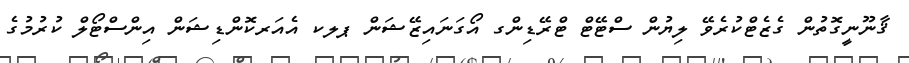
ޤާނޫނީގޮތުން ގެޒެޓްކުރެވޭ ލިޔުން ސްޓޭޓް ޓްރޭޑިންގ އޯގަނައިޒޭޝަން ޕލކ އެއަރކޮންޑިޝަން އިންސްޓޯލް ކުރުމުގެ